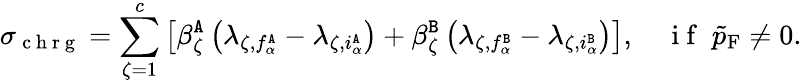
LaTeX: \sigma_{\mathrm{~c~h~r~g~}}=\sum_{\zeta=1}^{c}\left[\beta_{\zeta}^{\tt A}\left(\lambda_{\zeta,f_{\alpha}^{\tt A}}-\lambda_{\zeta,i_{\alpha}^{\tt A}}\right)+\beta_{\zeta}^{\tt B}\left(\lambda_{\zeta,f_{\alpha}^{\tt B}}-\lambda_{\zeta,i_{\alpha}^{\tt B}}\right)\right],\quad\mathrm{~i~f~}\; \tilde{p}_{\mathrm{F}}\neq 0.